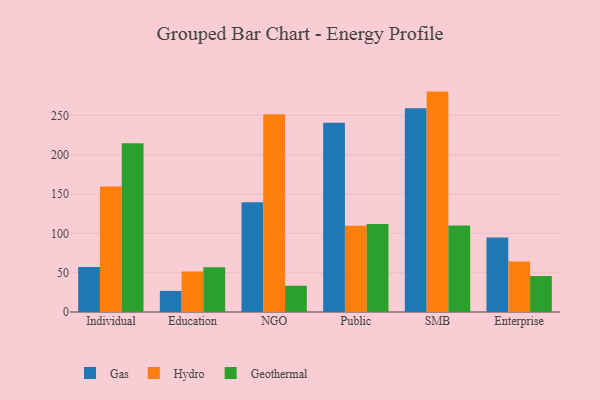
{"axis": {"x": "Segment", "y": "Market Share (%)"}, "legend": ["Gas", "Geothermal", "Hydro"], "data": [{"x": "Individual", "y": 57.2, "type": "Gas"}, {"x": "Individual", "y": 159.5, "type": "Hydro"}, {"x": "Individual", "y": 214.5, "type": "Geothermal"}, {"x": "Education", "y": 26.8, "type": "Gas"}, {"x": "Education", "y": 51.5, "type": "Hydro"}, {"x": "Education", "y": 57.0, "type": "Geothermal"}, {"x": "NGO", "y": 139.4, "type": "Gas"}, {"x": "NGO", "y": 251.3, "type": "Hydro"}, {"x": "NGO", "y": 33.4, "type": "Geothermal"}, {"x": "Public", "y": 240.5, "type": "Gas"}, {"x": "Public", "y": 109.6, "type": "Hydro"}, {"x": "Public", "y": 111.9, "type": "Geothermal"}, {"x": "SMB", "y": 259.0, "type": "Gas"}, {"x": "SMB", "y": 280.2, "type": "Hydro"}, {"x": "SMB", "y": 110.1, "type": "Geothermal"}, {"x": "Enterprise", "y": 94.6, "type": "Gas"}, {"x": "Enterprise", "y": 64.1, "type": "Hydro"}, {"x": "Enterprise", "y": 45.7, "type": "Geothermal"}]}